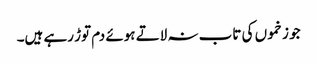
جو زخموں کی تاب نہ لاتے ہوئے دم توڑ رہے ہیں۔